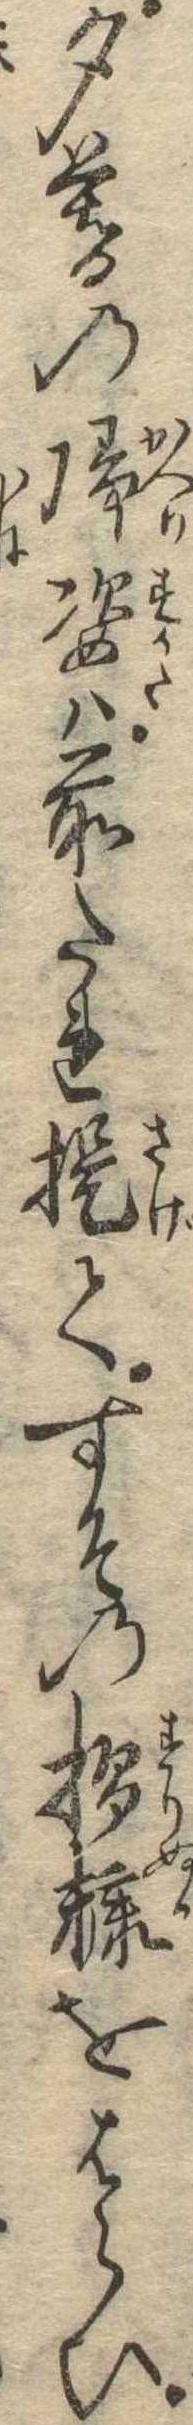
夕暮の帰姿は前たれ提てすその摺糠をはらひ